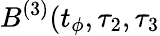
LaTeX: B^{(3)}(t_{\phi},\tau_{2},\tau_{3}